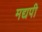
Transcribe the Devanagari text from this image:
मद्यपी